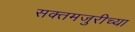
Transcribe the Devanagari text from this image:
सक्तमजुरीच्या